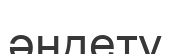
әндету